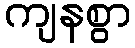
ကျနစွာ